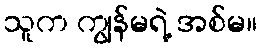
သူက ကျွန်မရဲ့ အစ်မ။